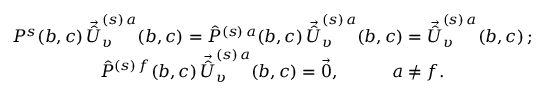
\begin{array} { c } { { P ^ { s } ( b , c ) \, \vec { \hat { U } } _ { \upsilon } ^ { ( s ) \, a } ( b , c ) = \hat { P } ^ { ( s ) \, a } ( b , c ) \, \vec { \hat { U } } _ { \upsilon } ^ { ( s ) \, a } ( b , c ) = \vec { \hat { U } } _ { \upsilon } ^ { ( s ) \, a } ( b , c ) \, ; } } \\ { { \hat { P } ^ { ( s ) \, f } ( b , c ) \, \vec { \hat { U } } _ { \upsilon } ^ { ( s ) \, a } ( b , c ) = \vec { 0 } , \qquad \quad a \neq f . } } \end{array}